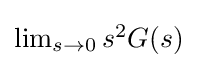
{\textstyle \lim _{s\to 0}s^{2}G(s)}